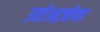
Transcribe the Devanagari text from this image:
उतोआज़्तेका